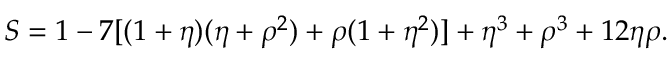
S = 1 - 7 [ ( 1 + \eta ) ( \eta + \rho ^ { 2 } ) + \rho ( 1 + \eta ^ { 2 } ) ] + \eta ^ { 3 } + \rho ^ { 3 } + 1 2 \eta \rho .